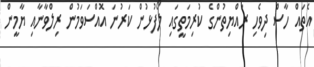
އެތައް ހާސް ދިވެހި ރައްޔިތުންގެ ކުރިމަތީގައި ލޯފުޅުން ކަރުނަ އޮއްސަވަމުން ރިލްވާނާއި ޔާމީން